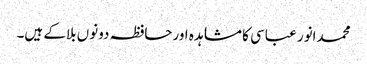
محمدانور عباسی کا مشاہدہ اورحافظہ دونوں بلاکے ہیں۔